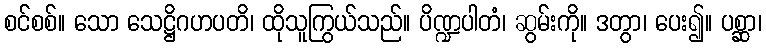
စင်စစ်။ သော သေဋ္ဌိဂဟပတိ၊ ထိုသူကြွယ်သည်။ ပိဏ္ဍပါတံ၊ ဆွမ်းကို။ ဒတွာ၊ ပေး၍။ ပစ္ဆာ၊